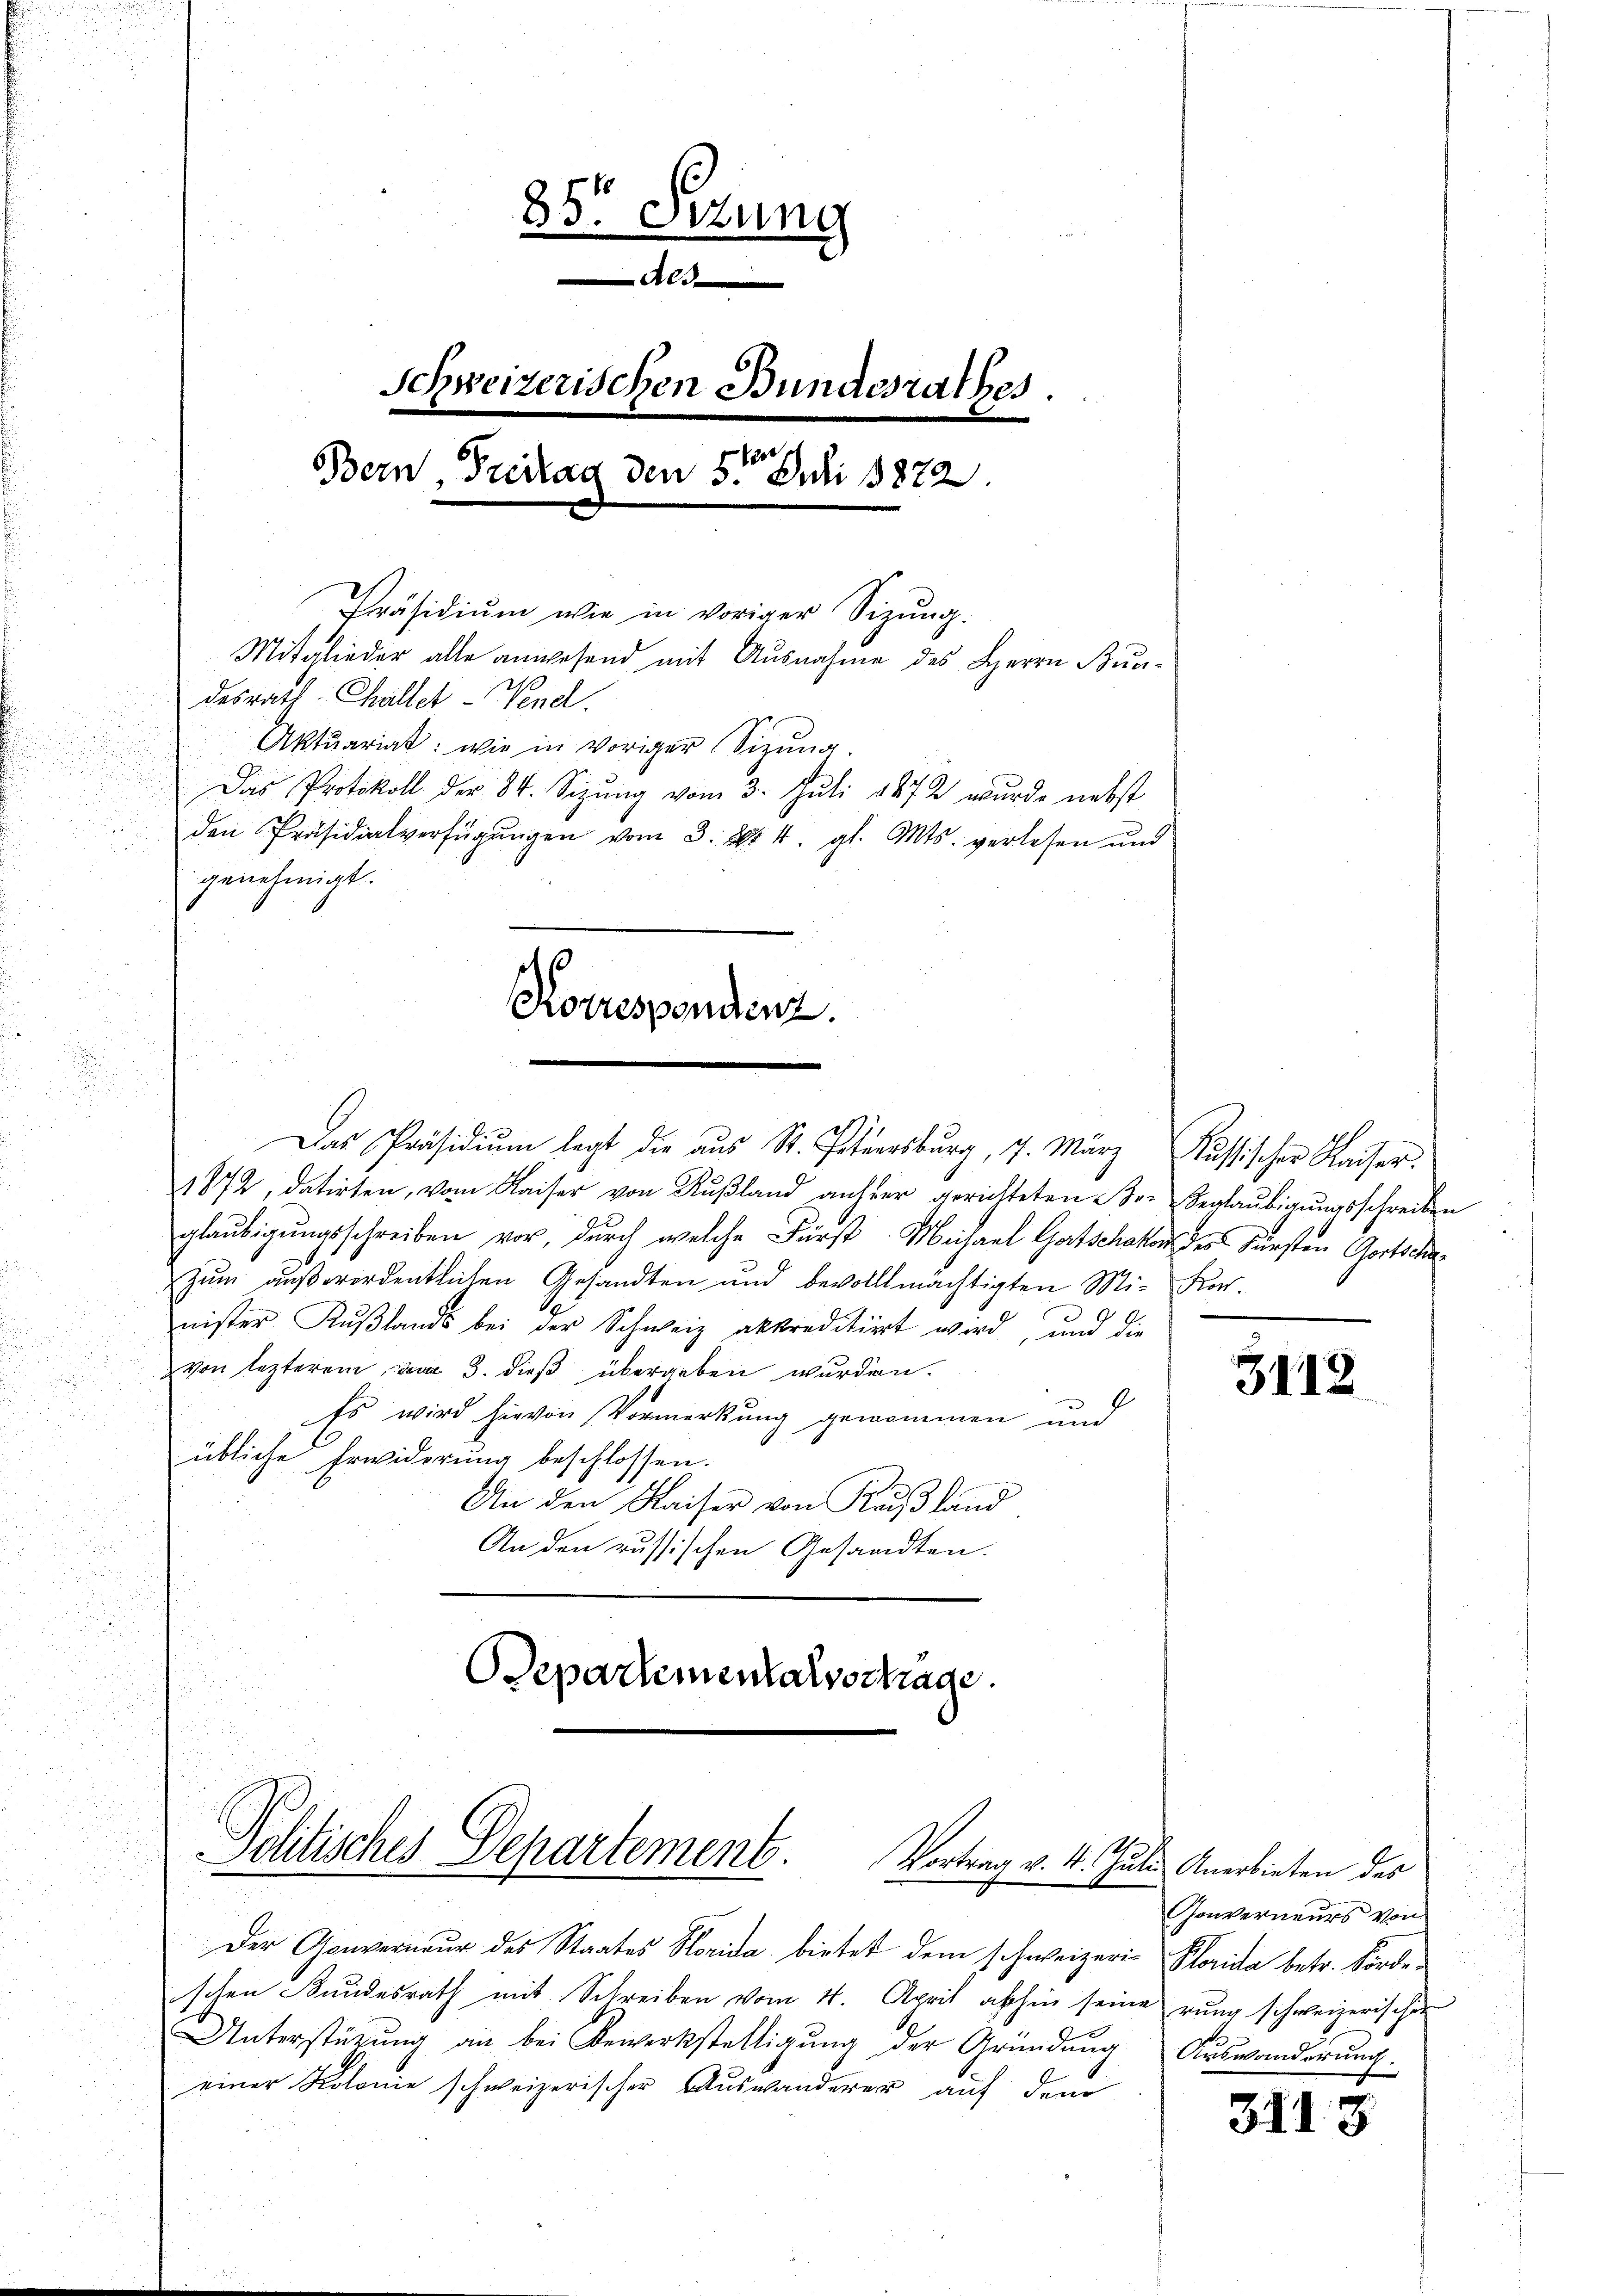
Das Präsidiŭm legt die aus St. Petersburg, 7. März Russischer Kaiser.
1872, datirten, vom Kaiser von Rußland anher gerichteten der Verlaŭbigŭngsschreiben
glaŭbigŭngsschreiben vor, durch welche Fürst Michael Gutschakon der Fürsten Gortscha
Zum außerordentlichen Gesandten und bevollmächtigten Mi-Konnister Kŭβlands bei der Schweiz akkreditirt wird, und die
von lezterem vom 3. dieß übergeben wurden.

4
Es wird hiervon Vormerkung genommen und
übliche Erwiderung beschlossen.
An den Kaiser von Rußland
An den russischen Gesandten.
Departementalvertrage.

85t Setung
Semm
Schweizerischen Bundesrathes.
Bern Fristag den 5te͇n Juli 1872.
Präsidiŭm wie in voriger Sizŭng.
Mitglieder alle anwesend mit Ausnahme des Herrn Bundesrath Chaltet - Nend.
Aktuariat: wie in voriger Sizung.
Das Protokoll der 84. Sizŭng vom 3. Juli 1872 wurde nebst
den Präsidialverfügŭngen vom 3. Xr. 4. gl. Mts. verlesen und
genehmigt.

Korrespondenz.

Politisches Departement. Vortrag v. 4. Julii Anerbieten des

Der Gouverneur des Staates Horida bietet dem schweizerischen Bundesrath mit Schreiben vom 4. April abhin seine
Unterstützung an bei Bewerkstelligung der Gründung
einer Kolonie schweizerischer Auswanderer auf dem

3112

Gonverneurs von
Plorica betr. Förde
rung schweizerischen
Auswanderung.

311